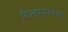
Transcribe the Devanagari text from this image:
विल्कोपोल्स्का